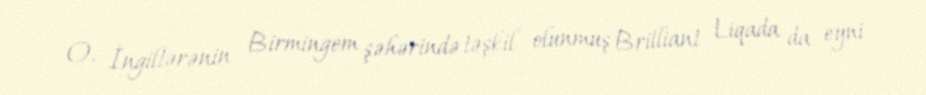
O, İngiltərənin Birmingem şəhərində təşkil olunmuş Brilliant Liqada da eyni